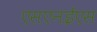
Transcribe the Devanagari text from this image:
एसएनईएस